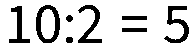
10:2 = 5